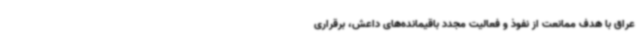
عراق با هدف ممانعت از نفوذ و فعالیت مجدد باقیمانده‌های داعش، برقراری